Vaccination United Provinces of Agra and Oudh 1914-1922 - 1914-1922
Year: 1914
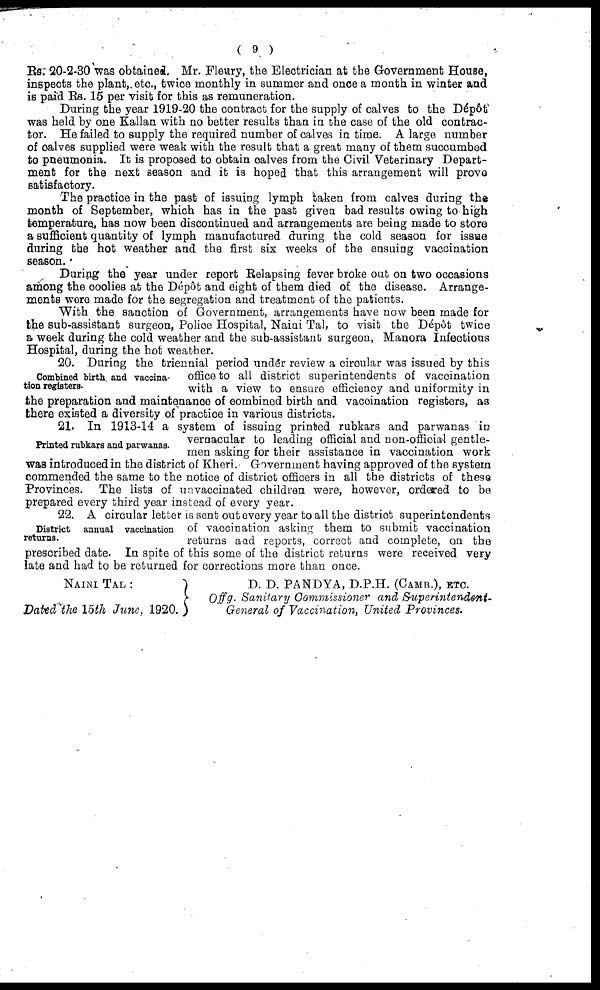
( 9 )
Rs. 20-2-30 was obtained. Mr. Fleury, the Electrician at the Government House,
inspects the plant, etc., twice monthly in summer and once a month in winter and
is paid Rs. 15 per visit for this as remuneration.
During the year 1919-20 the contract for the supply of calves to the Dépôt
was held by one Kallan with no better results than in the case of the old contrac-
tor. He failed to supply the required number of calves in time. A large number
of calves supplied were weak with the result that a great many of them succumbed
to pneumonia. It is proposed to obtain calves from the Civil Veterinary Depart-
ment for the next season and it is hoped that this arrangement will prove
satisfactory.
The practice in the past of issuing lymph taken from calves during the
month of September, which has in the past given bad results owing to high
temperature, has now been discontinued and arrangements are being made to store
a sufficient quantity of lymph manufactured during the cold season for issue
during the hot weather and the first six weeks of the ensuing vaccination
season.
During the year under report Relapsing fever broke out on two occasions
among the coolies at the Dépôt and eight of them died of the disease. Arrange-
ments were made for the segregation and treatment of the patients.
With the sanction of Government, arrangements have now been made for
the sub-assistant surgeon, Police Hospital, Naini Tal, to visit the Dépôt twice
a week during the cold weather and the sub-assistant surgeon, Manora Infections
Hospital, during the hot weather.
Combined birth and vaccina-
tion registers.
20. During the triennial period under review a circular was issued by this
office to all district superintendents of vaccination
with a view to ensure efficiency and uniformity in
the preparation and maintenance of combined birth and vaccination registers, as
there existed a diversity of practice in various districts.
Printed rubkars and parwanas.
21. In 1913-14 a system of issuing printed rubkars and parwanas in
vernacular to leading official and non-official gentle-
men asking for their assistance in vaccination work
was introduced in the district of Kheri. Government having approved of the system
commended the same to the notice of district officers in all the districts of these
Provinces. The lists of unvaccinated children were, however, ordered to be
prepared every third year instead of every year.
District annual vaccination
returns.
22. A circular letter is sent out every year to all the district superintendents
of vaccination asking them to submit vaccination
returns and reports, correct and complete, on the
prescribed date. In spite of this some of the district returns were received very
late and had to be returned for corrections more than once.
NAINI TAL :
Dated the 15th June, 1920.
D. D. PANDYA, D.P.H. (CAMB.), ETC.
Of f g. Sanitary Commissioner and Superintendent-
General of Vaccination, United Provinces.